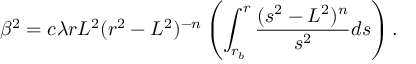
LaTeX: \beta ^ { 2 } = c \lambda r L ^ { 2 } ( r ^ { 2 } - L ^ { 2 } ) ^ { - n } \left( \int _ { r _ { b } } ^ { r } \frac { ( s ^ { 2 } - L ^ { 2 } ) ^ { n } } { s ^ { 2 } } d s \right) .